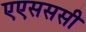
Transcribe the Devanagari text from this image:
एएसससी